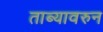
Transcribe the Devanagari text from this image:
ताब्यावरुन